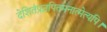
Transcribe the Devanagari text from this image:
देशितंप्रज्ञपितमनात्मेत्यपि।